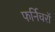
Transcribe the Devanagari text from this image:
फर्निचरों